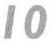
10